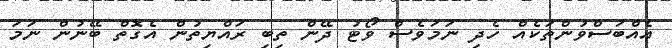
އެއްބަސްވުންތަކެއް ހެދި ނަމަވެސް ވޯޓު ދޭން ތިބި ރައްޔިތުން އެގޮތް ބޭނުން ނަމަ